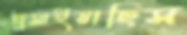
হাসাইয়াছিস